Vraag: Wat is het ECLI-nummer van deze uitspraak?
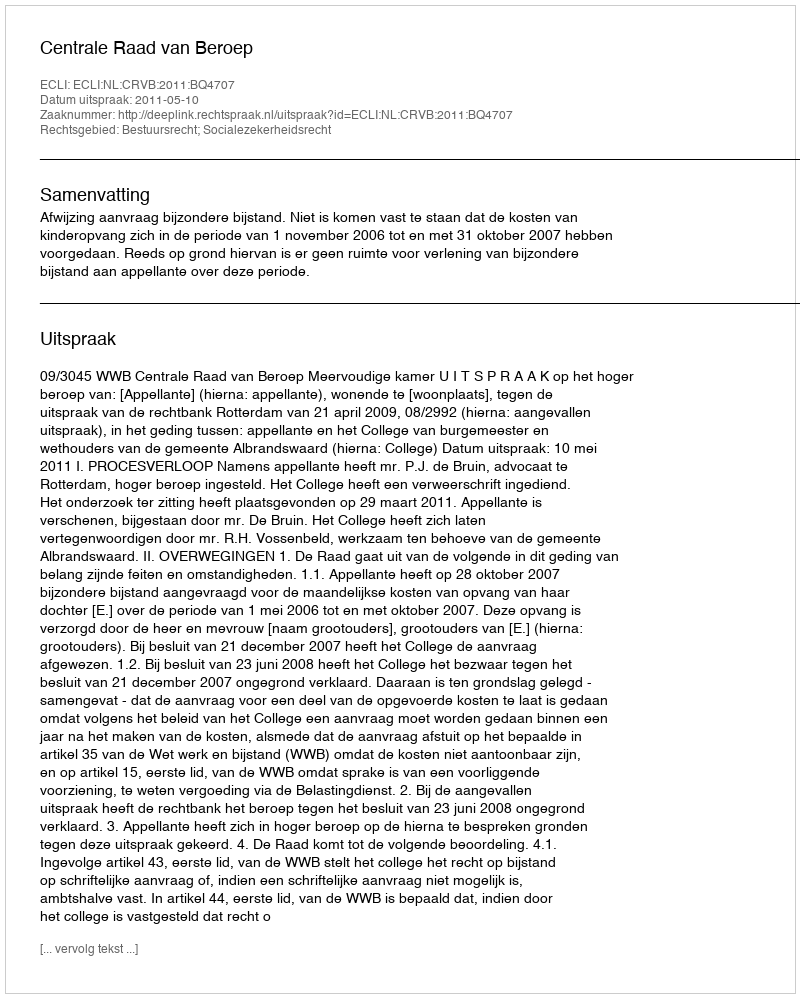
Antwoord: ECLI:NL:CRVB:2011:BQ4707